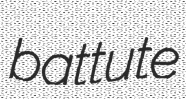
battute